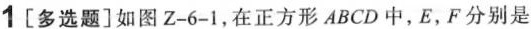
1[多选题]如图Z-6-1，在正方形ABCD中，E，F分别是